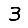
Digit: 3